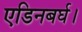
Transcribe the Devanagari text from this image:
एडिनबर्घ।